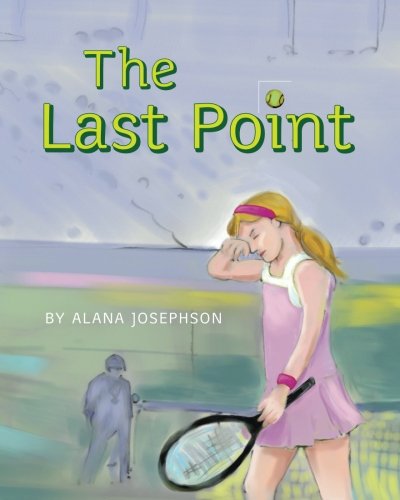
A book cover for The Last Point; Alana Josephson; Children's Books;